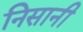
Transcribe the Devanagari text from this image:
निसानी